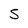
Character: 5